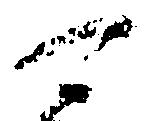
可